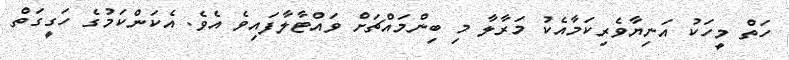
ހަތް މީހަކު އަނިޔާވެރިކަމާއެކު މަރާލާ މި ބިންމައްޗަށް ވައްޓާލާފައިވެ އެވެ. އެކަންކަމުގެ ހަގީގަތް